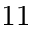
1 1